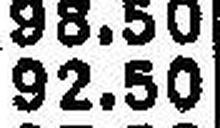
92.50